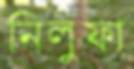
নিলুফা